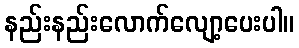
နည်းနည်းလောက်လျော့ပေးပါ။